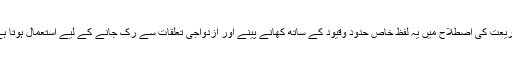
شریعت کی اصطلاح میں یہ لفظ خاص حدود وقیود کے ساتھ کھانے پینے اور ازدواجی تعلقات سے رک جانے کے لیے استعمال ہوتا ہے۔